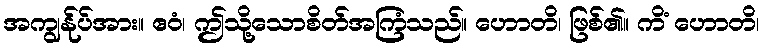
အကျွန်ုပ်အား။ ဧဝံ၊ ဤသို့သောစိတ်အကြံသည်။ ဟောတိ၊ ဖြစ်၏။ ကိံ ဟောတိ၊